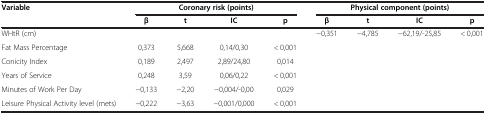
<table><thead><tr><td rowspan="2"><b>Variable</b></td><td colspan="4"><b>Coronary risk (points)</b></td><td colspan="4"><b>Physical component (points)</b></td></tr><tr><td><b>β</b></td><td><b>t</b></td><td><b>IC</b></td><td><b>p</b></td><td><b>β</b></td><td><b>t</b></td><td><b>IC</b></td><td><b>p</b></td></tr></thead><tbody><tr><td>WHtR (cm)</td><td> </td><td> </td><td> </td><td> </td><td>−0,351</td><td>−4,785</td><td>−62,19/-25,85</td><td>&lt; 0,001</td></tr><tr><td>Fat Mass Percentage</td><td>0,373</td><td>5,668</td><td>0,14/0,30</td><td>&lt; 0,001</td><td> </td><td> </td><td> </td><td> </td></tr><tr><td>Conicity Index</td><td>0,189</td><td>2,497</td><td>2,89/24,80</td><td>0,014</td><td> </td><td> </td><td> </td><td> </td></tr><tr><td>Years of Service</td><td>0,248</td><td>3,59</td><td>0,06/0,22</td><td>&lt; 0,001</td><td> </td><td> </td><td> </td><td> </td></tr><tr><td>Minutes of Work Per Day</td><td>−0,133</td><td>−2,20</td><td>−0,004/-0,00</td><td>0,029</td><td> </td><td> </td><td> </td><td> </td></tr><tr><td>Leisure Physical Activity level (mets)</td><td>−0,222</td><td>−3,63</td><td>−0,001/0,000</td><td>&lt; 0,001</td><td> </td><td> </td><td> </td><td> </td></tr></tbody></table>